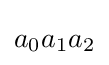
a_{0}a_{1}a_{2}